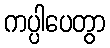
ကပ္ပါပေတွာ